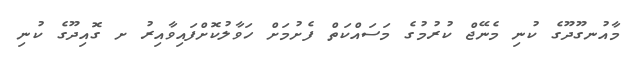
މާއުނގޫދޫގެ ކުނި މެނޭޖް ކުރުމުގެ މަސައްކަތް ފެށުމަށް ހަވާލުކޮށްފައިވާއިރު ށ ގޮއިދޫގެ ކުނި